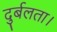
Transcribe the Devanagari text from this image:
दुर्बलता।